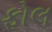
ફોલ